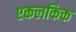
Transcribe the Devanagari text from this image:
एकलकिक